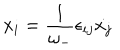
x _ { i } = \frac { 1 } { \omega _ { - } } \epsilon _ { i j } { \dot { x _ { j } } }